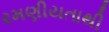
રમણીયતાથી